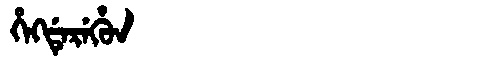
Manchu: ᡥᡝᡴᡩᡝᡵᡝᡥᡠᠨ
Romanization: HEKDEREHUN